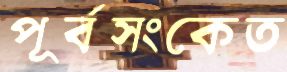
পূর্বসংকেত